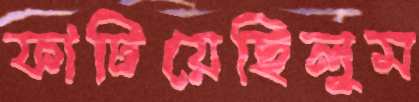
ফাটিয়েছিলুম